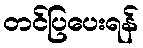
တင်ပြပေးရန်